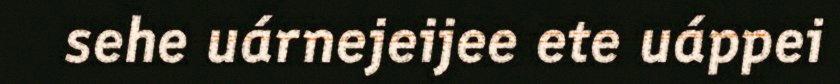
sehe uárnejeijee ete uáppei